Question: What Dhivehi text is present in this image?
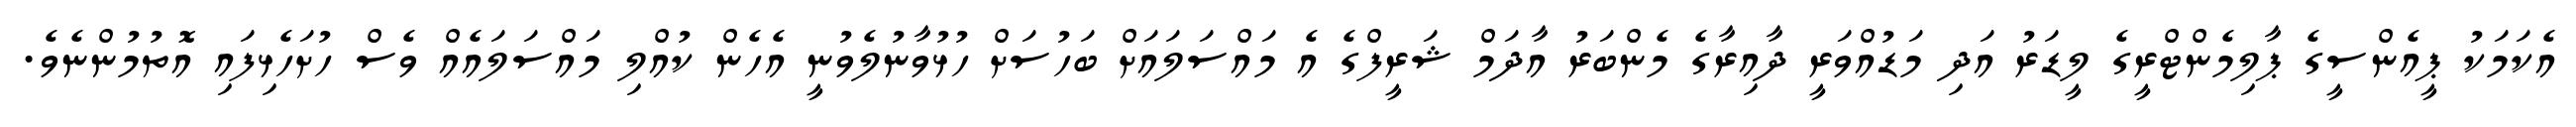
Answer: އެކަމަކު ޕީއެންސީގެ ޕާލިމެންޓްރީގެ ލީޑަރު އަދި މަޑުއްވަރީ ދާއިރާގެ މެންބަރު އާދަމް ޝަރީފްގެ އެ މައްސަލައަށް ބަހުސަށް ހުޅުވާނުލެވުނީ އެހެން ކުއްލި މައްސަލައެއް ވެސް ހުށަހެޅިފައި އޮތުމުންނެވެ.